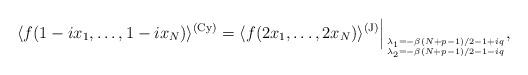
LaTeX: \begin{align*}\langle f(1 - i x_1, \dots, 1 - i x_N) \rangle^{(\rm Cy)} = \langle f(2x_1,\dots, 2x_N) \rangle^{(\rm J)} \Big |_{\lambda_1 = - \beta(N+p-1)/2 - 1 + iq\atop\lambda_2 = - \beta(N+p-1)/2 - 1 - i q },\end{align*}